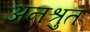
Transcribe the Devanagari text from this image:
अनश्रुत